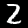
Digit: 2